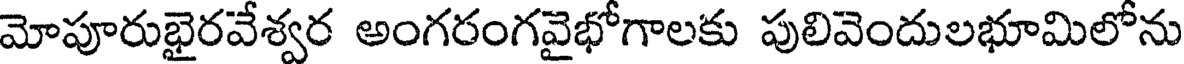
మోపూరుభైరవేశ్వర అంగరంగవైభోగాలకు పులివెందులభూమిలోను